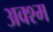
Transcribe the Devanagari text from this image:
अक्श्म